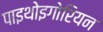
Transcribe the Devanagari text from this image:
पाइथोइगोरियन